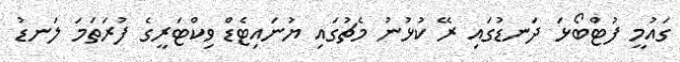
ގައުމީ ފުޓްބޯޅަ ދަނޑުގައި ރޭ ކުޅުނު މެޗުގައި ޔުނައިޓެޑް ވިކްޓަރީގެ ފުރަތަމަ ލަނޑު